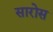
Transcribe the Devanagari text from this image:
सारोस